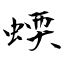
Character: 蝡